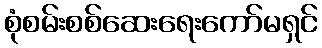
စုံစမ်းစစ်ဆေးရေးကော်မရှင်